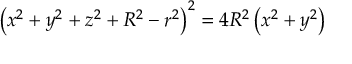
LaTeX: \left( x ^ { 2 } + y ^ { 2 } + z ^ { 2 } + R ^ { 2 } - r ^ { 2 } \right) ^ { 2 } = 4 R ^ { 2 } \left( x ^ { 2 } + y ^ { 2 } \right)